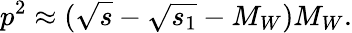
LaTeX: p^{2}\approx(\sqrt{s}-\sqrt{s_{1}}-M_{W})M_{W}.